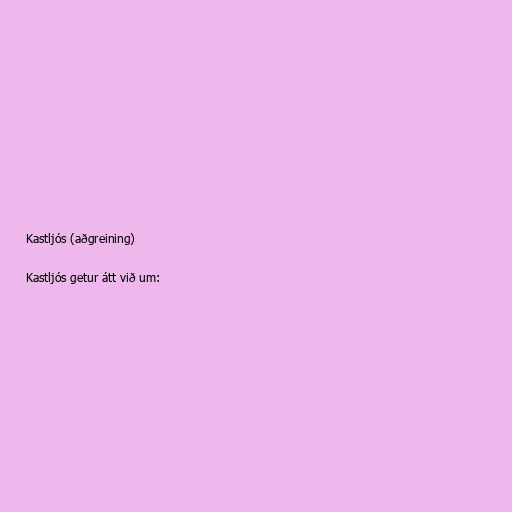
Kastljós (aðgreining)

Kastljós getur átt við um: